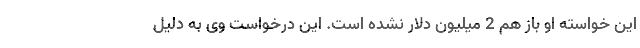
این خواسته او باز هم 2 میلیون دلار نشده است. این درخواست وی به دلیل